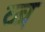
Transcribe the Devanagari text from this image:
व्ब